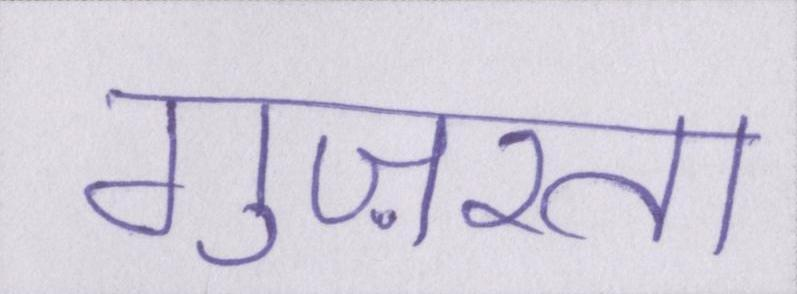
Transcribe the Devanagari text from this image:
गुज़रता